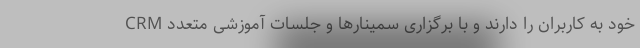
CRM خود به کاربران را دارند و با برگزاری سمینارها و جلسات آموزشی متعدد